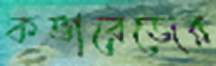
কভারেজের